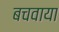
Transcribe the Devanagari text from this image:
बचवाया